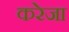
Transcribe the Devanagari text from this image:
करेजा